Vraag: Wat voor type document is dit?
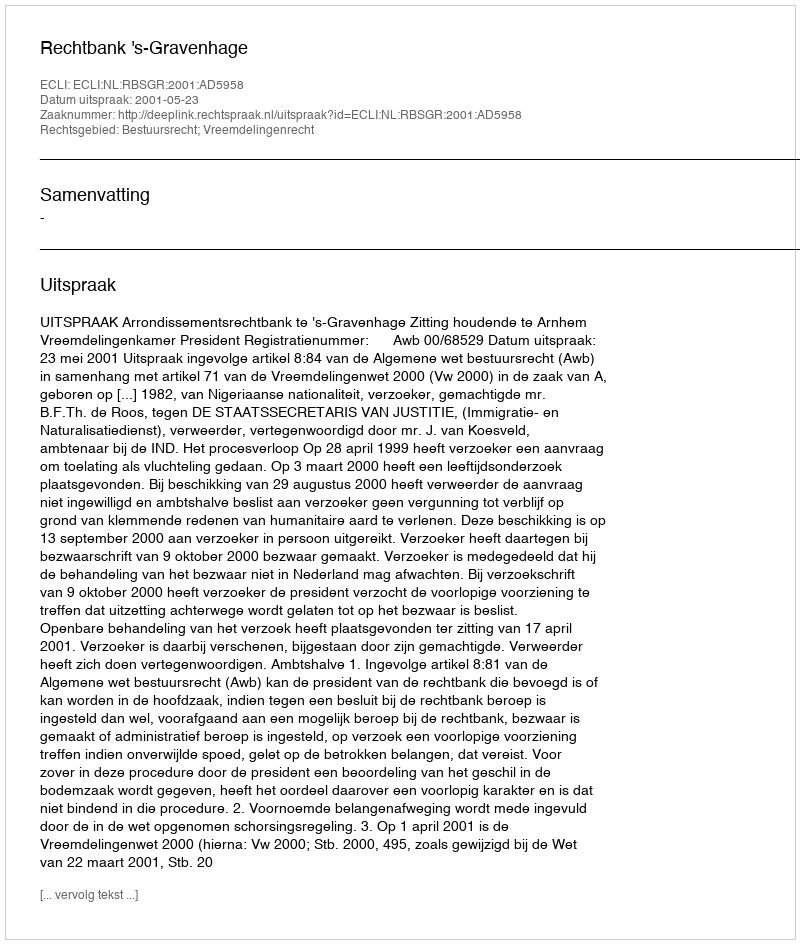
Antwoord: Uitspraak